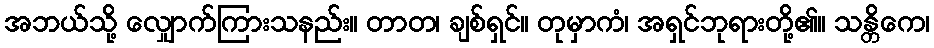
အဘယ်သို့ လျှောက်ကြားသနည်း။ တာတ၊ ချစ်ရှင်။ တုမှာကံ၊ အရှင်ဘုရားတို့၏။ သန္တိကေ၊